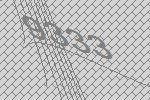
9333